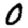
Digit: 0